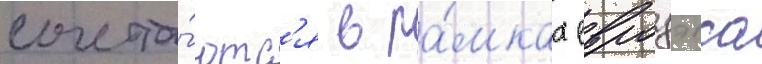
сочета́ютс'я в ра́мках евродэнса